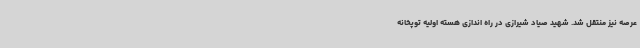
عرصه نیز منتقل شد. شهید صیاد شیرازی در راه اندازی هسته اولیه توپخانه